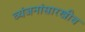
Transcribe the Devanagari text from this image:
व्यंजनांसारखीच